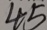
4 5